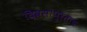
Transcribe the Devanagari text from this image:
दिवसांपुरताच